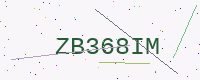
Text: ZB368IM